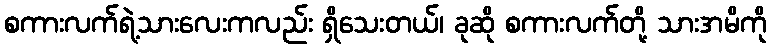
စကားလက်ရဲ့သားလေးကလည်း ရှိသေးတယ်၊ ခုဆို စကားလက်တို့ သားအမိကို